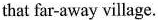
that far-away village.